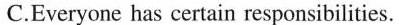
C.Everyone has certain responsibilities.